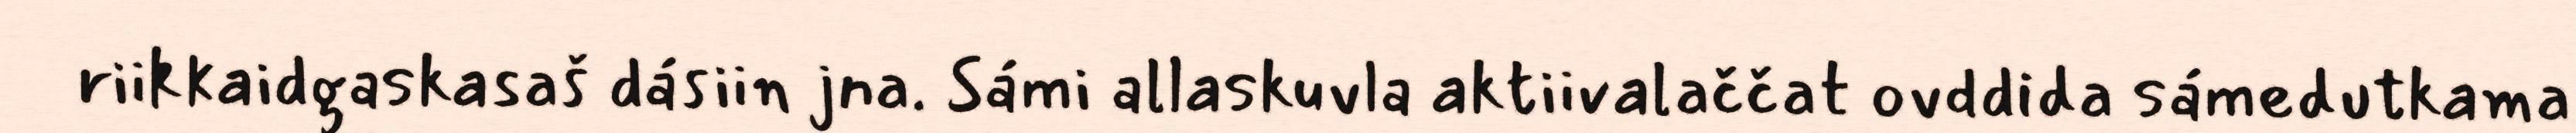
riikkaidgaskasaš dásiin jna. Sámi allaskuvla aktiivalaččat ovddida sámedutkama